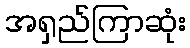
အရှည်ကြာဆုံး